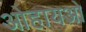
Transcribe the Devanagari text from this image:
ओहायओ